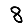
Digit: 8